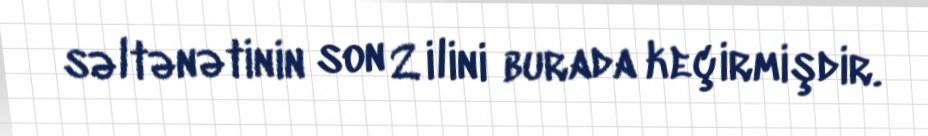
səltənətinin son 2 ilini burada keçirmişdir.